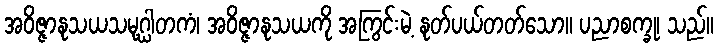
အဝိဇ္ဇာနုသယသမုဂ္ဃါတကံ၊ အဝိဇ္ဇာနုသယကို အကြွင်းမဲ့ နုတ်ပယ်တတ်သော။ ပညာစက္ခု၊ သည်။